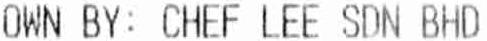
OWN BY: CHEF LEE SDN BHD